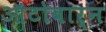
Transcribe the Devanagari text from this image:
ऑटोबार्न